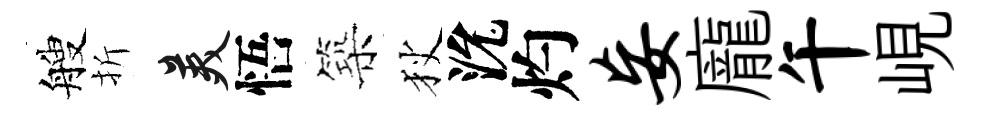
艘折美悟築狄沇灼妄龐午峴